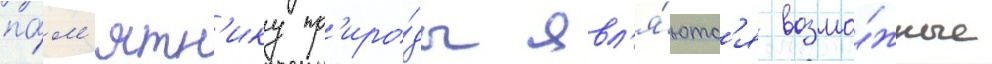
па́м'ятн'ику пр'иро́ды явл'я́ютс'я возмо́жные